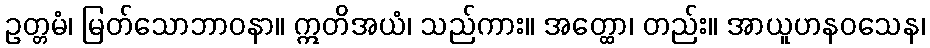
ဥတ္တမံ၊ မြတ်သောဘာဝနာ။ ဣတိအယံ၊ သည်ကား။ အတ္ထော၊ တည်း။ အာယူဟနဝသေန၊